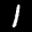
Label: 1